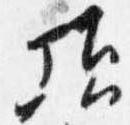
頃